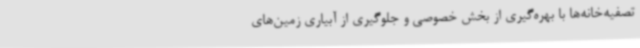
تصفیه‌خانه‌ها با بهره‌گیری از بخش خصوصی و جلوگیری از آبیاری زمین‌های